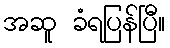
အဆူ ခံရပြန်ပြီ။